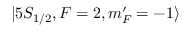
| 5 S _ { 1 / 2 } , F = 2 , m _ { F } ^ { \prime } = - 1 \rangle